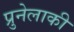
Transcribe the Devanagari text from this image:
प्रुनेलाकी